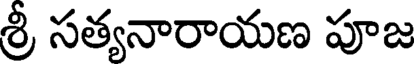
శ్రీ సత్యనారాయణ పూజ